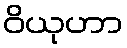
ဝိယုဟာ